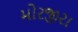
મોરજીરા